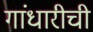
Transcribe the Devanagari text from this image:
गांधारीची